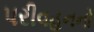
પરીવહનનો